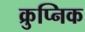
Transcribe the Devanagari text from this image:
क्रुप्निक